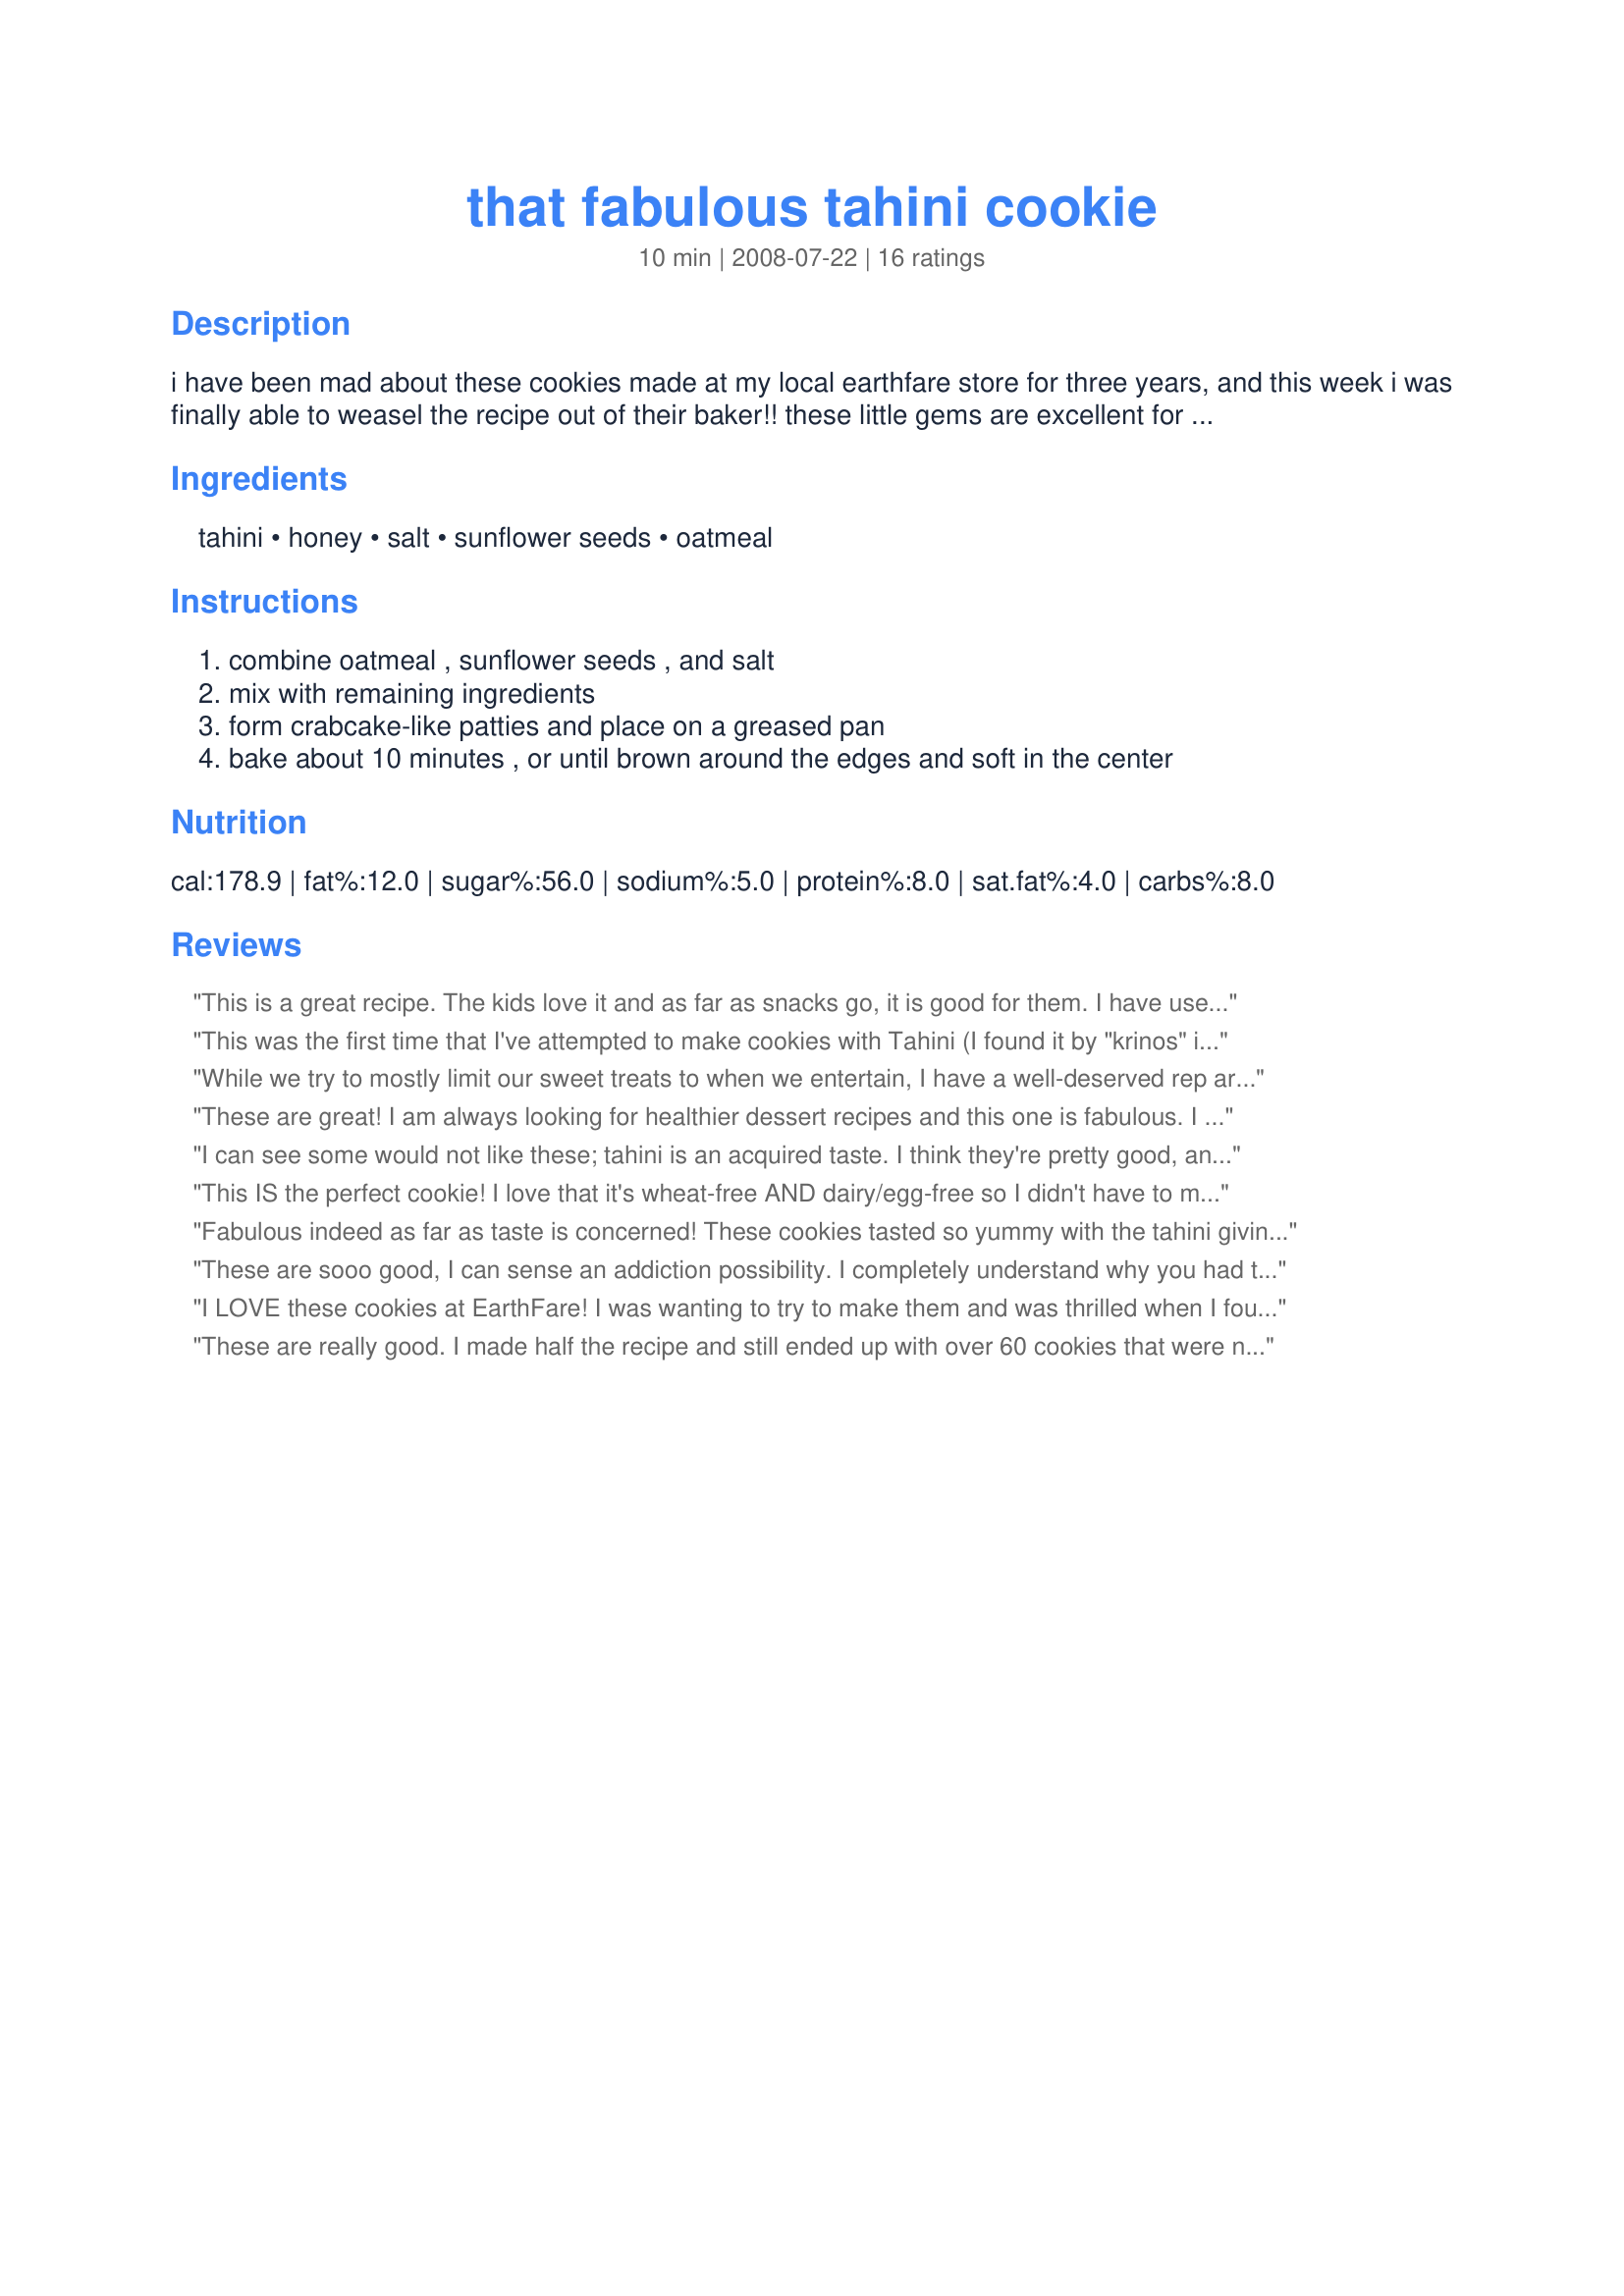
that fabulous tahini cookie
Preparation time: 10 minutes

i have been mad about these cookies made at my local earthfare store for three years, and this week i was finally able to weasel the recipe out of their baker!! these little gems are excellent for folks who have wheat allergies, and they are vegan (if you don't consider honey an animal product). i hope you enjoy these little goodies as much as i do! be forewarned: the number of servings is an estimate from their baker, as at the store they make about 30 cookies the size of your head from this recipe. i highly recommend cutting it down some for your first try.

Ingredients:
tahini, honey, salt, sunflower seeds, oatmeal

Steps:
combine oatmeal , sunflower seeds , and salt, mix with remaining ingredients, form crabcake-like patties and place on a greased pan, bake about 10 minutes , or until brown around the edges and soft in the center

Reviews:
This is a great recipe. The kids love it and as far as snacks go, it is good for them. I have used it a few times now and, as a previous comment says, the mixture is sticky to work with. The last time I made it, instead of biscuits, I put it in a slice tin and cooked it that way. End result was good, although maybe not as crunchy round the edges like the cooked biscuits.&lt;br/&gt;Oven setting was the same, 170C fan forced for 10-15 minutes. Just watch for browning edges and you should be right.
This was the first time that I've attempted to make cookies with Tahini (I found it by "krinos" in a jar and it's sesame seeds ground into a paste). After much experimentation I was successful when I formed the "dough" into medium-sized balls, flattened them while they were on the baking sheet, put them into a pre-heated 300 degree oven for 8 minutes and let cool for 20 minutes. I think they are a delicious cookie for those that crave sweets and are unable or avoiding consuming wheat products. Don't give up if your first batch isn't what you expect.....the end result is worth the effort! I made this for ZaarTag.
While we try to mostly limit our sweet treats to when we entertain, I have a well-deserved rep around our house as a *Cookie Monster* w/no self-control, so making a 1/4 version of your recipe for ZWT6 Family Picks was a form of dietary self-defence. The recipe esp intrigued me because my best friend here has 2 severely lactose-allergic dtrs & we are always looking for sweet treats they will enjoy & will help them to feel less-deprived. I was short of the 3/4 cup sunflower seeds needed, made up the difference w/chopped walnuts & otherwise made the recipe as written. Honey here is extremely thick & diff to work with, but I long ago learned the trick that warming it solves that issue. My convection oven occ cooks hotter than expected & no oven temp was given, so it became a matter of guesswork. I tried to rely on prior reviews, but they were all diff (if mentioned at all) & I finally opted for the average of 325F for 10 min. Luckily that worked well as the outcome was excellent. Thx for sharing this recipe w/us. It made for a fun dy of discovery in my kitchen & will be shared w/my friend. :-)
These are great! I am always looking for healthier dessert recipes and this one is fabulous. I quartered the recipe and added 3/4 t cinnamon, used 1/4 c Tahini and 1/4 c peanut butter instead of just the Tahini. I used crushed walnuts instead of sunflower seeds (didn't have any on hand). I think that next time I'll add some chocolate chips! Thanks for sharing!
I can see some would not like these; tahini is an acquired taste. I think they're pretty good, and will probably whip up a small batch (10 cookies) from time to time when I need a "healthy" sweet fix. Thanks for posting! (I baked at 325 for about 8 minutes.)
This IS the perfect cookie! I love that it's wheat-free AND dairy/egg-free so I didn't have to modify it. I also love that it's free of refined sugar (even though the honey technically makes it not vegan, I'm a honey-loving vegan and proud of it). The flavor is subtle and wonderful. I didn't have any problem with the dough. I mixed the dry into the wet with a rubber spatula then spooned it onto the sheets. I baked them at 350 for about 12-14 minutes. It took that long for them to get golden-brown around the edges. Then I let them cool on the pans for 10 minutes because I could tell they were fragile. These were easy to make with only 5 ingredients and will definitely become a staple at my house. PS: I added about 1/2 cup carob chips (and had quartered the recipe so that would be 2 cups if you make it with the written amounts), which complemented the other flavors quite nicely.
Fabulous indeed as far as taste is concerned! These cookies tasted so yummy with the tahini giving them a unique "earthy" flavour. The only thing I would do differently next time is to reduce the amount of salt used cause I could taste it in my cookies and didnt like that so much. I made 1/3 of the recipe and still got 35 medium-sized cookies (see pic).
I'm taking one star off this recipe cause I had serious trouble working with the dough. It was so sticky and I could hardly get it from my hands! But in the end all the effort was worth it.
Thank you very much for posting this recipe, smellyvegetarian!
Made for 1-2-3 Hit Wonders March 2009.
These are sooo good, I can sense an addiction possibility. I completely understand why you had to get the recipe.
I made 1/2 recipe, and got about 25 good-sized thick cookies. I followed Leslulu's lead, and baked at 300F, since there was no temperature mentioned in the recipe. I cooled them for a minute or two on the sheet pan before transferring to cooling racks -- I tried to transfer one cookie right out of the oven, but it crumbled.
The kids here didn't like them much, but the adults can't keep their hands out of the cookie jar! The flavor reminds me of the middle eastern sweet halvah, which is a flavored pressed sesame confection.
Thanks, smelly! This was one awesome cookie!
I LOVE these cookies at EarthFare! I was wanting to try to make them and was thrilled when I found this recipe! I tried to halve the recipe, but the cookies were too crumbly. But the flavor was spot-on! I will try to make them again, taking some of the suggestions from other comments, and maybe reducing the oats. I thought they also might work well made into bars. Delicous!
These are really good. I made half the recipe and still ended up with over 60 cookies that were not the size of my head :). I used parchment paper so didn't have to grease the baking sheet and baked them at 350F for 10 minutes. I think raisins for chocolate chips might be a tasty addition in the future. Made for Veg. Swap.
UPDATED: Flavor is much better when these sat overnight. Delicious and hard to stop eating for breakfast. FIRST POST: I love the chewiness of the cookie, its simplicity and healthfulness. However, they were difficult to get off the baking sheet. I greased it with Pam and baked at 325 degrees in a convection oven. When I tried to take them off immediately they fell apart. When I waited 30 min, they were nearly glued to the sheet. My guess is that waiting something like 10 minutes to remove from the sheet, when they are at the warm versus hot or room temp stage, would make them much easier to deal with. I can see these making a good breakfast cookie with a cup of coffee. Mine were actually sweet; I used Tupelo honey from an Ohio beekeeper near here. ZWT9
OH MY, OH MY!! This deserves 100 stars. It tastes so decadent but isn't. I thought I had tahini but didn't so I used natural peanut butter, macadamia honey, quick cooking oatmeal and baked for 300 degrees, 15 minutes. I cut the recipe down to 1/4 batch and still make plenty. We loved them and will make them alot since they're so easy. Definitely make sure you form them in crablike shapes - they cook easier. Thank you for this gem!
Oh, yum, yum, yum - SUPERYUM! Smelly, these cookies are fantastic! And so easy to make, too!! I'd love to try them with cashew butter, or mystery butter, too. The crunch from the sunflower seeds, the chewyness of the oats, combined with the earthyness of the tahini and the subtle sweet of the honey - wow! Thank you so much for seeking this recipe out and posting it! Recipenapped for Veggie Swap 18.
These are really simple and almost, dare I say it, healthy for you cookies. Yum, yum, yum! Crunch, crunch, crunch!
I've finally found the perfect cookie! No dairy and no sugar and an absolutely incredible taste. I prefer cooking them at 300 for 10-15 minutes rather than at a higher temperature for less time.
These were really good, but even making 25% of this recipe was way too much. I made them as the recipe called. Since I had so much, I experienced...I made 10 normal another 10 I added Red Mill flaked coconut and another 10 I added cinnamon to the coconut mixture. They all turned out quite nice, but kind of granola like. Lastly, the ones that turned out so awesome was the ones I added jalapenos to the regular mix. That&#039;s the bomb!!! Very similar to the cheese and sausageball s baked at Christmas (when I ate animal).Not crumbly at all and sticks together well. Another note; lightly wet hands between each roll.&lt;br/&gt;I&#039;m not much of a sweets gal, but...I tell ya,, try this recipe adding jalapeno and it&#039;s going to be perfect for a midday snack.
